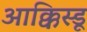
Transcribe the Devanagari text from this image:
आक्किस्डू